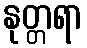
နုတ္တရာ